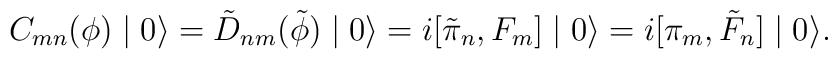
C_{mn}(\phi) \mid 0 \rangle = \tilde{D}_{nm}(\tilde{\phi}) \mid 0 \rangle = i[\tilde{\pi}_{n},F_{m}]\mid 0 \rangle= i[\pi_{m},\tilde{F}_{n}]\mid 0 \rangle .